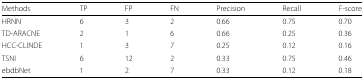
<table><thead><tr><td><b>Methods</b></td><td><b>TP</b></td><td><b>FP</b></td><td><b>FN</b></td><td><b>Precision</b></td><td><b>Recall</b></td><td><b><i>F</i>-score</b></td></tr></thead><tbody><tr><td>HRNN</td><td>6</td><td>3</td><td>2</td><td>0.66</td><td>0.75</td><td>0.70</td></tr><tr><td>TD-ARACNE</td><td>2</td><td>1</td><td>6</td><td>0.66</td><td>0.25</td><td>0.36</td></tr><tr><td>HCC-CLINDE</td><td>1</td><td>3</td><td>7</td><td>0.25</td><td>0.12</td><td>0.16</td></tr><tr><td>TSNI</td><td>6</td><td>12</td><td>2</td><td>0.33</td><td>0.75</td><td>0.46</td></tr><tr><td>ebdbNet</td><td>1</td><td>2</td><td>7</td><td>0.33</td><td>0.12</td><td>0.18</td></tr></tbody></table>